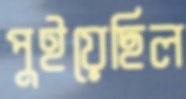
পুইয়েছিল